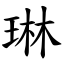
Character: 琳